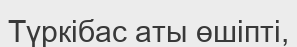
Түркібас аты өшіпті,